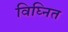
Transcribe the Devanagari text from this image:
विघ्नित